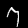
Digit: 7